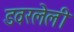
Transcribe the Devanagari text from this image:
डवरलेली